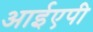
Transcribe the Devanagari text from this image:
आईएपी